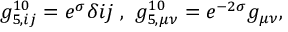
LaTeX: g _ { 5 , i j } ^ { 1 0 } = e ^ { \sigma } \delta { i j } \ , \ g _ { 5 , \mu \nu } ^ { 1 0 } = e ^ { - 2 \sigma } g _ { \mu \nu } ,